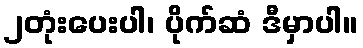
၂တုံးပေးပါ၊ ပိုက်ဆံ ဒီမှာပါ။